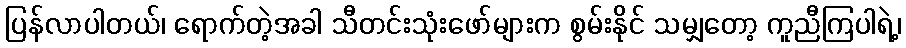
ပြန်လာပါတယ်၊ ရောက်တဲ့အခါ သီတင်းသုံးဖော်များက စွမ်းနိုင် သမျှတော့ ကူညီကြပါရဲ့၊